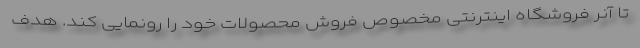
تا آنر فروشگاه اینترنتی مخصوص فروش محصولات خود را رونمایی کند. هدف